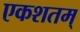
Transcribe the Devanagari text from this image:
एकशतम्